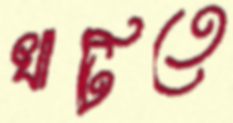
খাটিতে